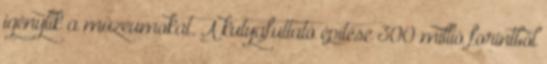
igénylik a múzeumokat. A kutyafuttató építése 300 millió forintból